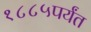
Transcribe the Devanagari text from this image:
१८८५पर्यंत